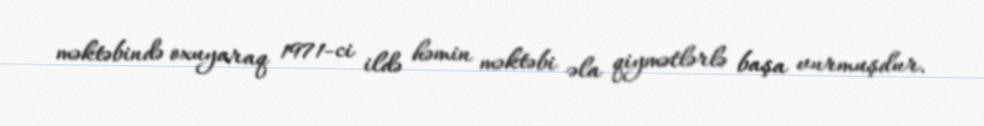
məktəbində oxuyaraq 1971-ci ildə həmin məktəbi əla qiymətlərlə başa vurmuşdur.